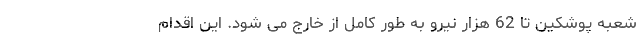
شعبه پوشکین تا 62 هزار نیرو به طور کامل از خارج می شود. این اقدام